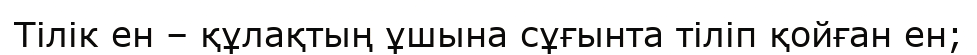
Тілік ен – құлақтың ұшына сұғынта тіліп қойған ен;